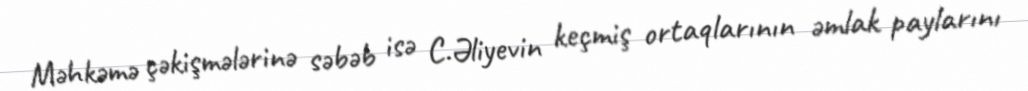
Məhkəmə çəkişmələrinə səbəb isə C.Əliyevin keçmiş ortaqlarının əmlak paylarını